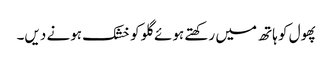
پھول کو ہاتھ میں رکھتے ہوئے گلو کو خشک ہونے دیں۔